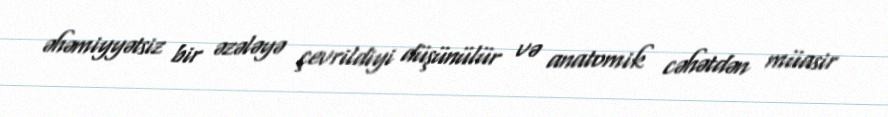
əhəmiyyətsiz bir əzələyə çevrildiyi düşünülür və anatomik cəhətdən müasir